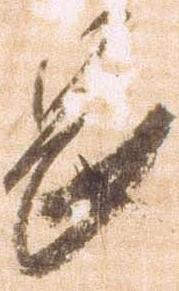
畏